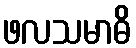
ဖလသမာဓိ